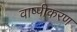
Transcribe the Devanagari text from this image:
वाष्‍पीकरण